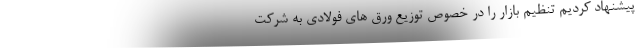
پیشنهاد کردیم تنظیم بازار را در خصوص توزیع ورق های فولادی به شرکت